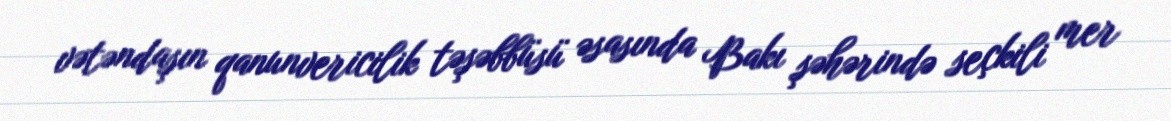
vətəndaşın qanunvericilik təşəbbüsü əsasında Bakı şəhərində seçkili mer